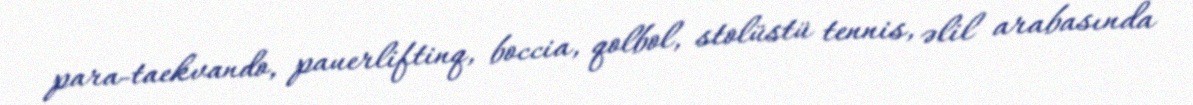
para-taekvando, pauerliftinq, boccia, qolbol, stolüstü tennis, əlil arabasında